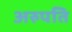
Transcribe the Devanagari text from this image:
अरुपति